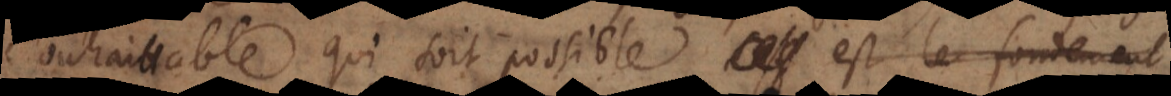
souhaittable qui soit possible est le fondement